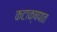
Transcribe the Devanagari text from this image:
कटाक्षपात